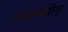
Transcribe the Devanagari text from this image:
एसएमपीयू